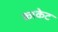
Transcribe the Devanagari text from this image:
काकेट